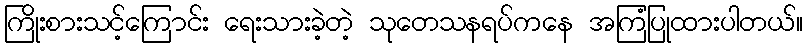
ကြိုးစားသင့်ကြောင်း ရေးသားခဲ့တဲ့ သုတေသနရပ်ကနေ အကြံပြုထားပါတယ်။